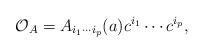
LaTeX: \begin{align*}{\cal O}_{A} = A_{i_{1}\cdots i_{p}}(a)c^{i_{1}}\cdots c^{i_{p}},\end{align*}